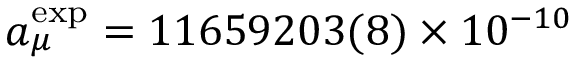
a _ { \mu } ^ { \mathrm { e x p } } = 1 1 6 5 9 2 0 3 ( 8 ) \times 1 0 ^ { - 1 0 }